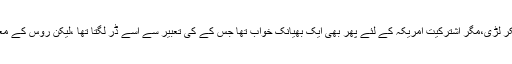
گو دوسری جنگ عظیم امریکہ اور روس نے ملکر لڑی،مگر اشترکیت امریکہ کے لئے پھر بھی ایک بھیانک خواب تھا جس کے کی تعبیر سے اسے ڈر لگتا تھا ،لیکن روس کے معاشی نظام نے اس کی ملٹری قوت کا ساتھ نہ دیا۔